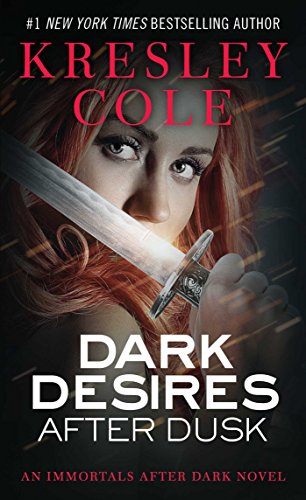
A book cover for Dark Desires After Dusk (Immortals After Dark, Book 5); Kresley Cole; Romance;